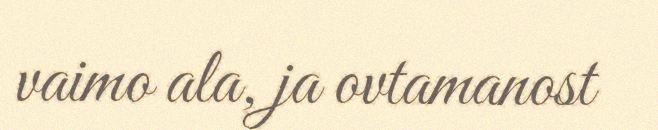
vaimo ala, ja ovtamanost